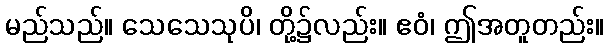
မည်သည်။ သေသေသုပိ၊ တို့၌လည်း။ ဧဝံ၊ ဤအတူတည်း။